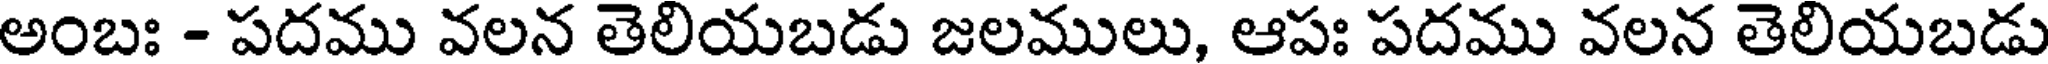
అంబః - పదము వలన తెలియబడు జలములు, ఆపః పదము వలన తెలియబడు